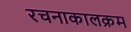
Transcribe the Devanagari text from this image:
रचनाकालक्रम